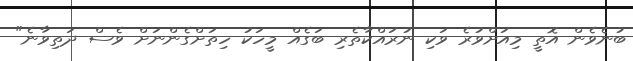
ބުނެވެން އޮތީ މިއަށްވުރެ ވަކި ނުރައްކާތެރި ބަގެއް މީހަކު ހިތަށްގެންނަށް ވެސް ދަތިވާނެ"